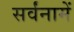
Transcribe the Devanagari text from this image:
सर्वंनामें